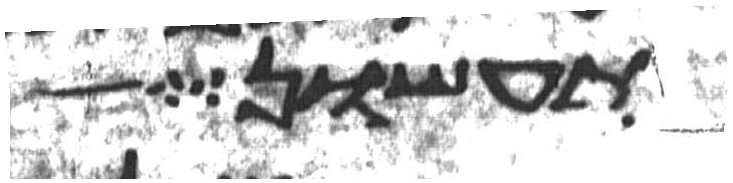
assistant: תעשון